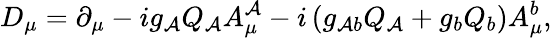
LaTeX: D_{\mu}=\partial_{\mu}-ig_{\mathcal{A}}Q_{\mathcal{A}}A_{\mu}^{\mathcal{A}}-i\left(g_{\mathcal{A}b}Q_{\mathcal{A}}+g_{b}Q_{b}\right)A_{\mu}^{b},